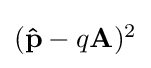
{\textstyle (\mathbf {\hat {p}} -q\mathbf {A} )^{2}}